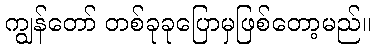
ကျွန်တော် တစ်ခုခုပြောမှဖြစ်တော့မည်။